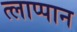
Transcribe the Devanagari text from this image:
त्लाप्पान